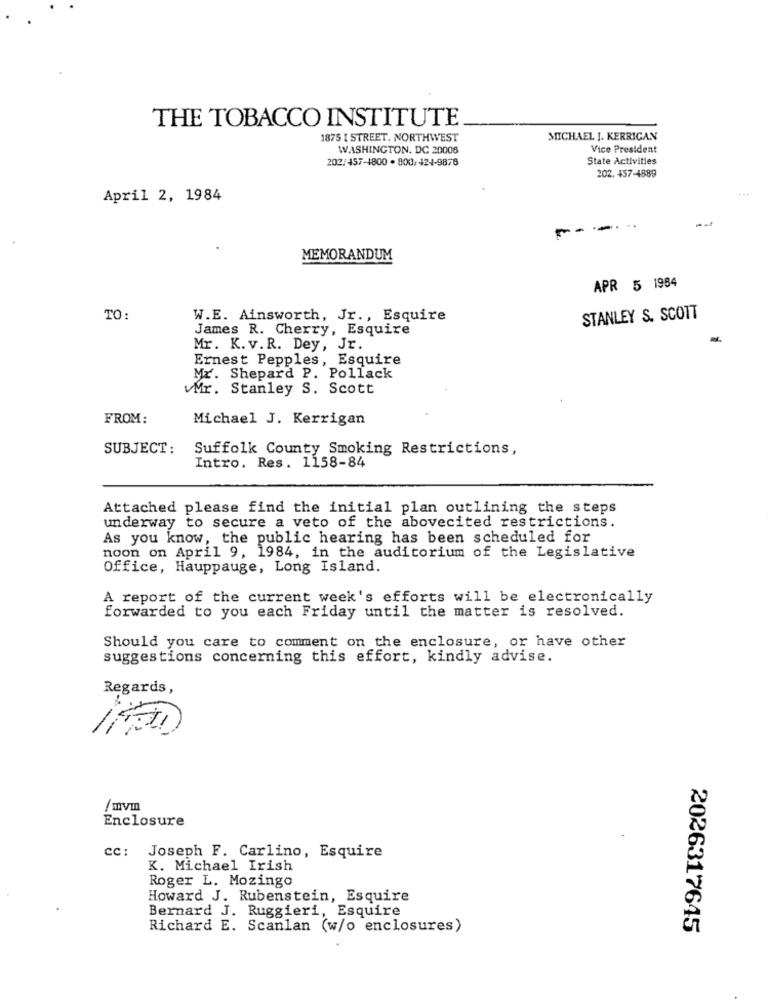
THE TOBACCO INSTITUTE
1875 [ STREET. NORTHWEST
MICHAEL J. KERRIGAN
WASHINGTON, DC 20006
Vice President
202/457-4800 . 800/ 124-9876
State Activities
202. 457-4889
+ ..
April 2, 1984
---
MEMORANDUM
APR 5 1984
TO:
W.E. Ainsworth, Jr ., Esquire
STANLEY S. SCOTT
James R. Cherry, Esquire
Mr. K. v.R. Dey, Jr.
Ernest Pepples, Esquire
Mr. Shepard P. Pollack
Mr. Stanley S. Scott
FROM:
Michael J. Kerrigan
SUBJECT :
Suffolk County Smoking Restrictions,
Intro. Res. 1158-84
Attached please find the initial plan outlining the steps
underway to secure a veto of the abovecited restrictions.
As you know, the public hearing has been scheduled for
noon on April 9, 1984, in the auditorium of the Legislative
Office, Hauppauge, Long Island.
A report of the current week's efforts will be electronically
forwarded to you each Friday until the matter is resolved.
Should you care to comment on the enclosure, or have other
suggestions concerning this effort, kindly advise.
Regards,
/mym
Enclosure
cc: Joseph F. Carlino, Esquire
K. Michael Irish
Roger L. Mozingo
Howard J. Rubenstein, Esquire
Bernard J. Ruggieri, Esquire
Richard E. Scanlan (w/o enclosures)
2026317645